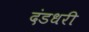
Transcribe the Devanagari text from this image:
दंडधरी